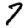
Digit: 7